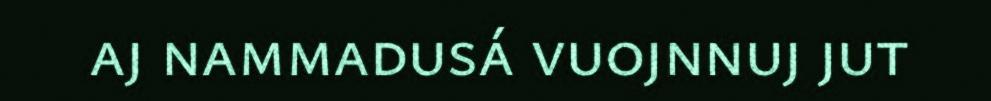
aj nammadusá vuojnnuj jut